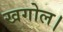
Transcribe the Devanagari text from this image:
खगोल।